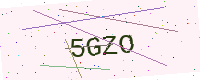
Text: 5GZO